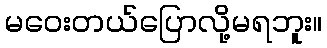
မဝေးတယ်ပြောလို့မရဘူး။